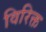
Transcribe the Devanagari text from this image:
विरिक्त